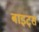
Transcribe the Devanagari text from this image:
बाइट्‌स